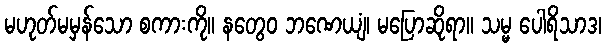
မဟုတ်မမှန်သော စကားကို။ နတွေဝ ဘဏေယျံ၊ မပြောဆိုရာ။ သမ္မ ပေါရိသာဒ၊